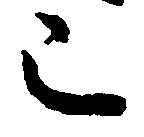
已